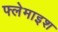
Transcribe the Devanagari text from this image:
फ्लेमाइश